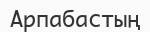
Арпабастың